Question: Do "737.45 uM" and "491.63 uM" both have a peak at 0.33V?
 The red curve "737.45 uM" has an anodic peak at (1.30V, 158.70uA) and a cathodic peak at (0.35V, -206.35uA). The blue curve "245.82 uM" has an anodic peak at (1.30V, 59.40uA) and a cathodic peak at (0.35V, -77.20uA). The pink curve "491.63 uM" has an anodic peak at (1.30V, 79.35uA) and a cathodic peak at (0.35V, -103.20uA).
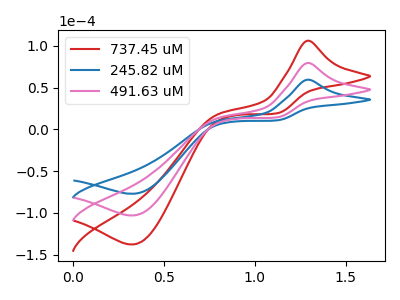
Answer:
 <answer>Yes, "737.45 uM" and "491.63 uM" share a peak at 0.33V.</answer>
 <eval>match</eval>